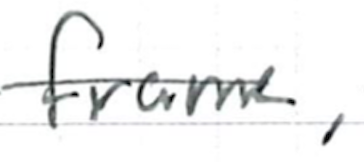
Text: frame,
Cross-out: mix
Writing tool: ballpoint